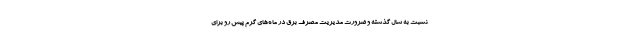
نسبت به سال گذشته و ضرورت مدیریت مصرف برق در ماه‌های گرم پیش رو برای